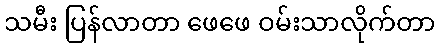
သမီး ပြန်လာတာ ဖေဖေ ဝမ်းသာလိုက်တာ